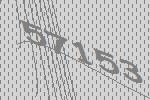
57153